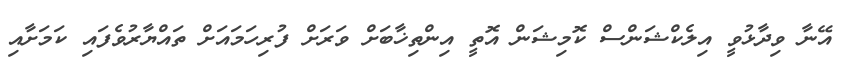
އޭނާ ވިދާޅުވީ އިލެކްޝަންސް ކޮމިޝަން އޮތީ އިންތިޚާބަށް ވަރަށް ފުރިހަމައަށް ތައްޔާރުވެފައި ކަމަށާއި